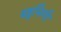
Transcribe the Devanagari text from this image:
बहुभिंगी